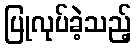
ပြုလုပ်ခဲ့သည့်